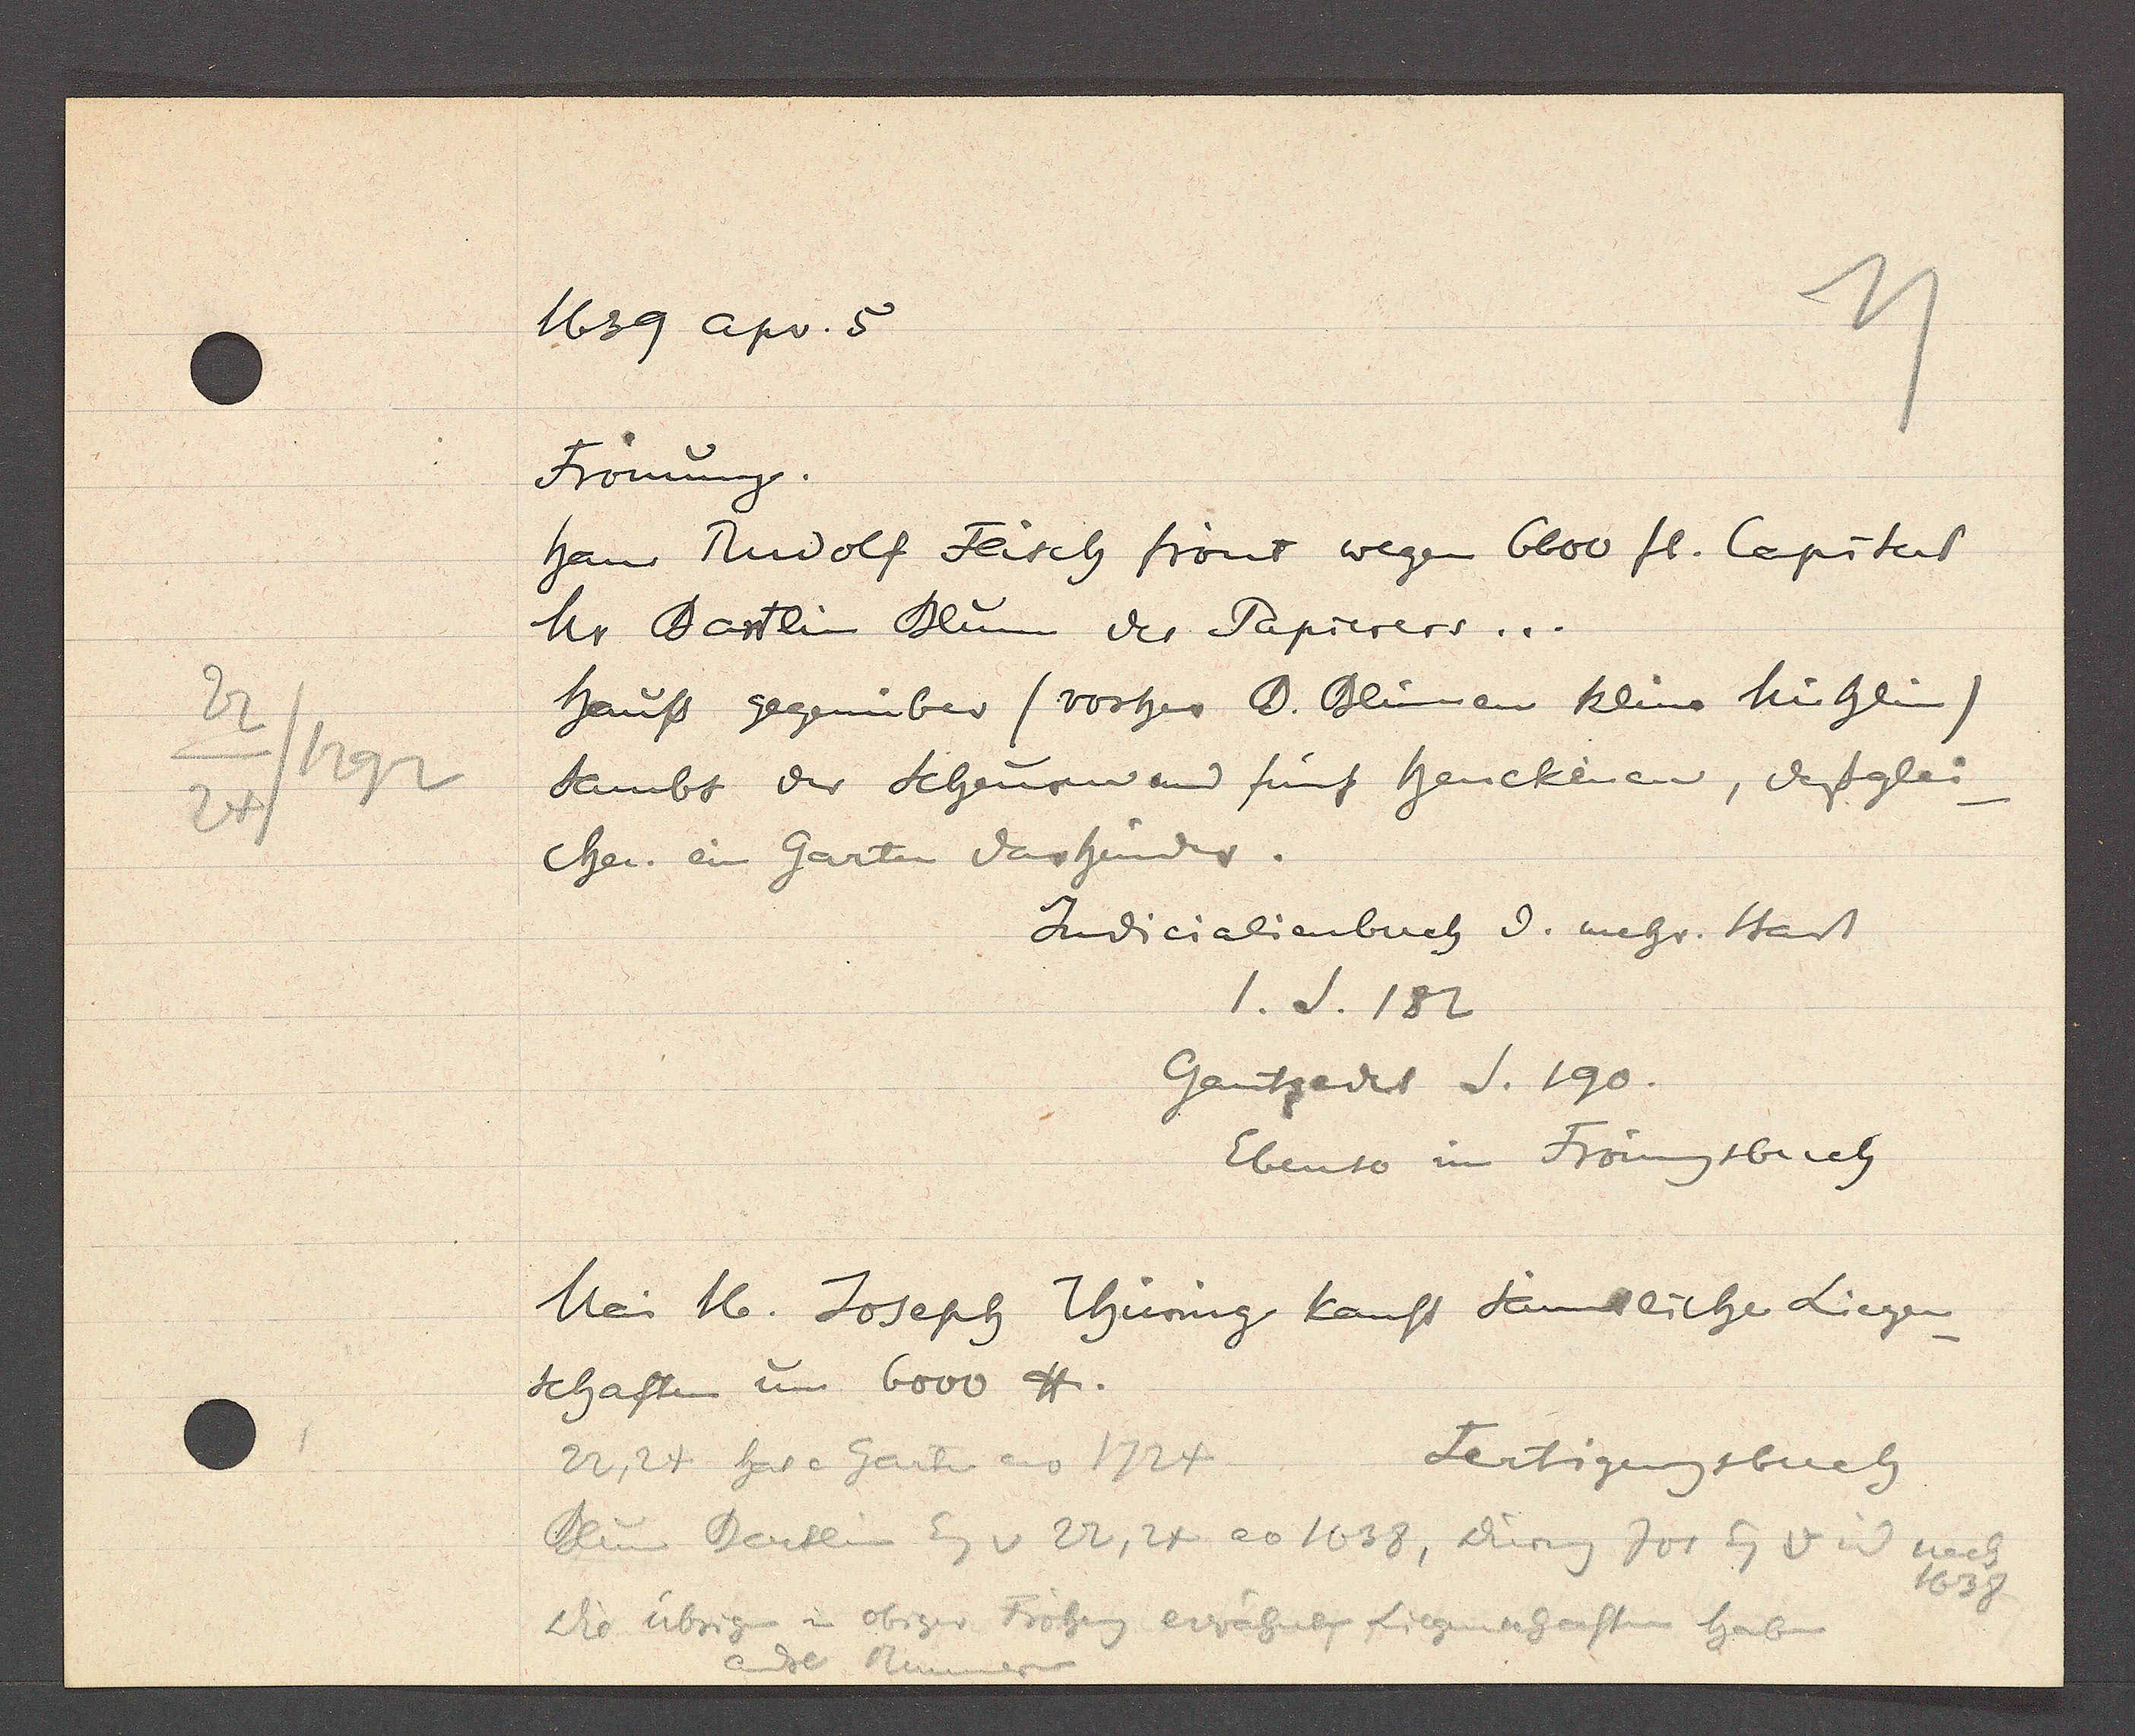
Transcript:
22
1292
24/

1639 apv. 5

Frönung.
Hans Rudolf Flisch frönt wegen 6000 fl. Capital
Mr Bartlin Blum des Papierers...
Hauss gegenüber (vorher B. Blümen klein hüslin)
sambt der Schuren und fünf henckenen, daßglei¬
chen ein garten darhinder.
Judicialienbuch d. mehr. Stadt
1. S. 182
Gantzeds S. 190.
Ebenso im Frönungsbuch

Mai 16. Joseph Thüring kauft sämtliche Liegen-
schaften um 6000 ℔.

Fertigungsbuch
22, 24 hat e Garten ao 1724
Blum Bertlin Eg v 22, 24 ao 1638, Düring Jos Eg v id nach
1638
Die übrigen in obiger Fröhng erwähnten Liegenschaften haben
ander Rnner